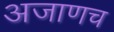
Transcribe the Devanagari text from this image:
अजाणच